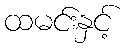
ထမင်းနှင့်